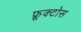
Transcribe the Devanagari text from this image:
फ्रूक्टोस